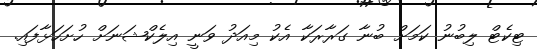
ޓިކެޓް ލިބުނު ކަމަށް ބުނާ ގަރާރަކާ އެކު މިއަދު ވަނީ އިލެކްޝަނަށް ހުށަހަޅާފައި.